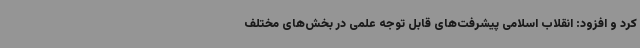
کرد و افزود: انقلاب اسلامی پیشرفت‌های قابل توجه علمی در بخش‌های مختلف